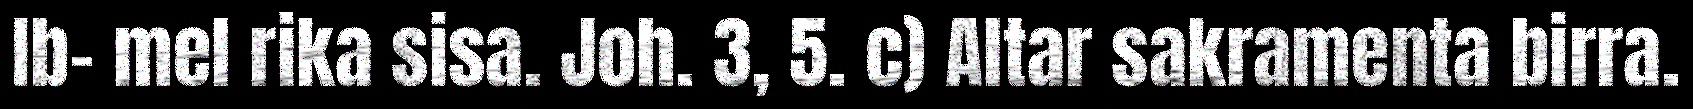
Ib- mel rika sisa. Joh. 3, 5. c) Altar sakramenta birra.